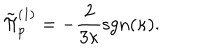
\tilde { \Pi } _ { p } ^ { ( 1 ) } = - \frac { 2 } { 3 \kappa } \mathrm { s g n } ( \kappa ) .